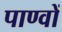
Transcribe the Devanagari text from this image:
पाण्वों